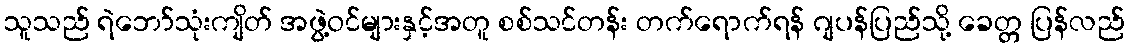
သူသည် ရဲဘော်သုံးကျိတ် အဖွဲ့ဝင်များနှင့်အတူ စစ်သင်တန်း တက်ရောက်ရန် ဂျပန်ပြည်သို့ ခေတ္တ ပြန်လည်